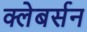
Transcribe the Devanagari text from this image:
क्लेबर्सन